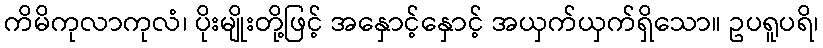
ကိမိကုလာကုလံ၊ ပိုးမျိုးတို့ဖြင့် အနှောင့်နှောင့် အယှက်ယှက်ရှိသော။ ဥပရူပရိ၊